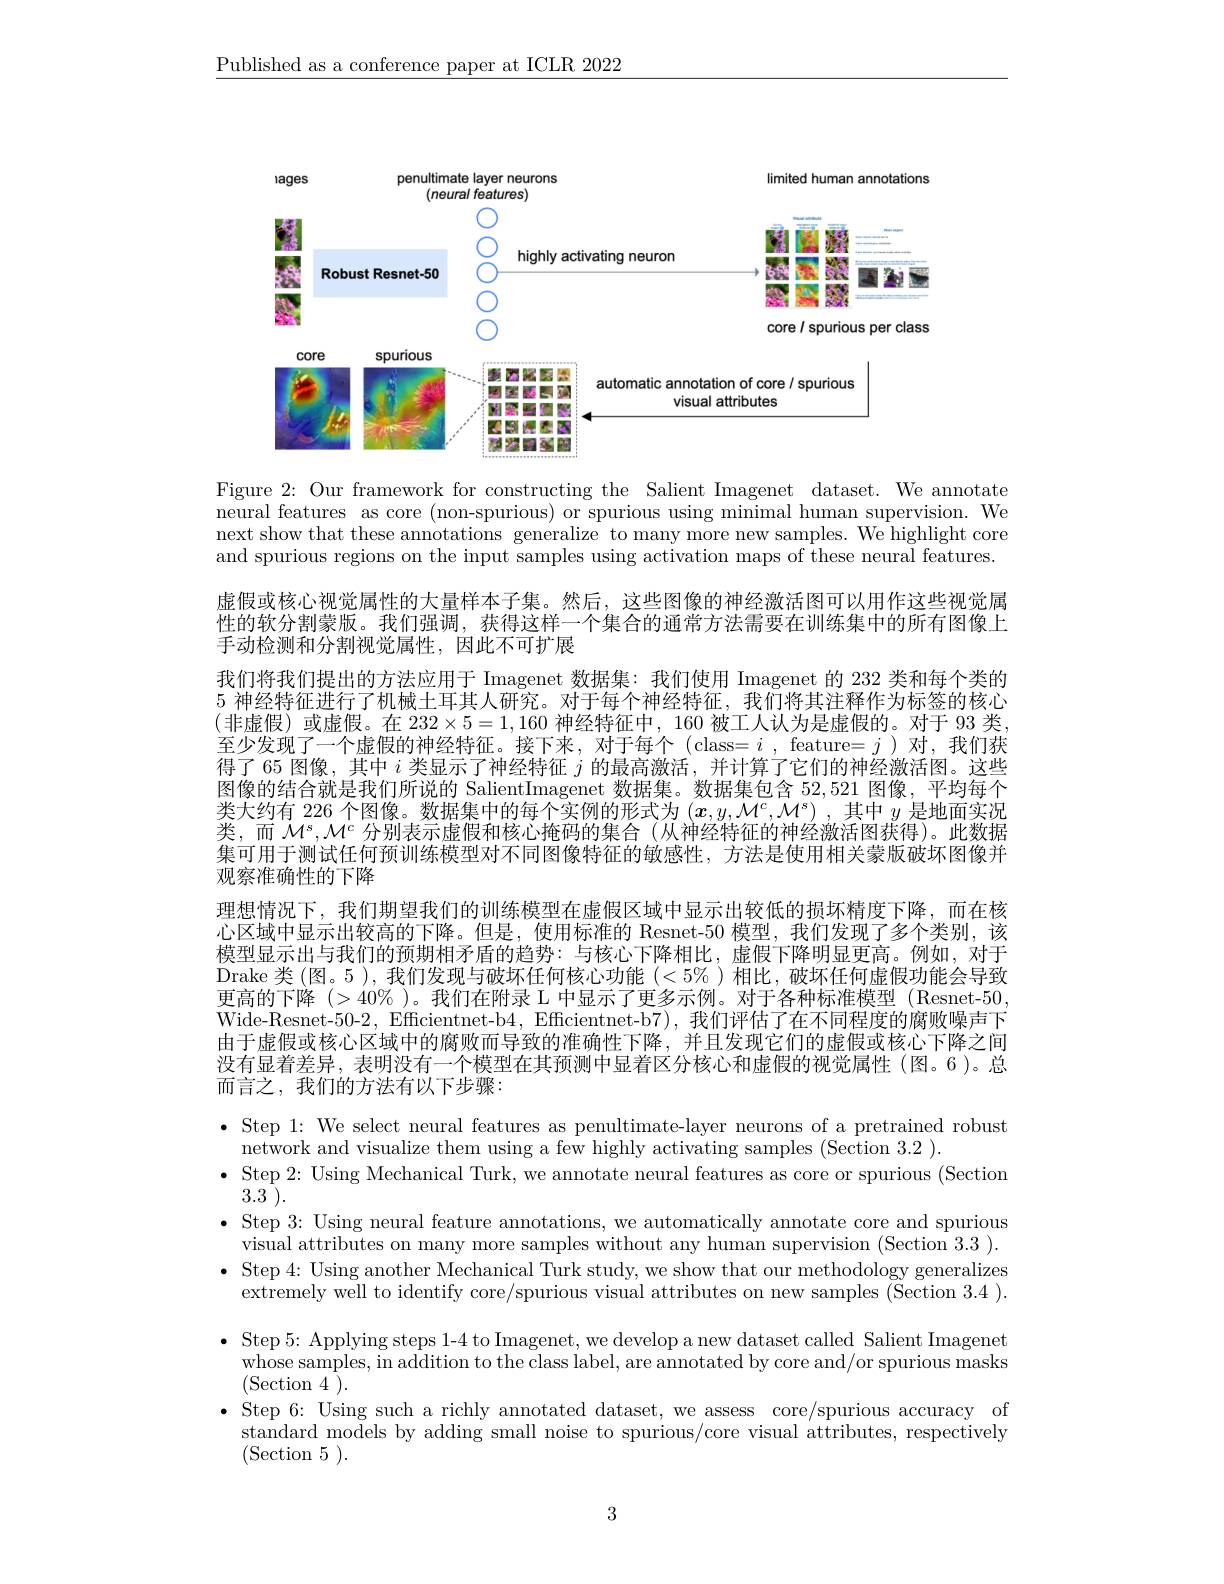
$\underline{\text{Published as a conference paper at ICLR 2022}}$

<FigureHere>

Figure 2: Our framework for constructing the Salient Imagenet dataset. We annotate neural features as core (non-spurious) or spurious using minimal human supervision. We next show that these annotations generalize to many more new samples. We highlight core and spurious regions on the input samples using activation maps of these neural features. 虚假或核心视觉属性的大量样本子集。然后，这些图像的神经激活图可以用作这些视觉属性的软分割蒙版。我们强调，获得这样一个集合的通常方法需要在训练集中的所有图像上手动检测和分割视觉属性，因此不可扩展
我们将我们提出的方法应用于 Imagenet 数据集：我们使用 Imagenet 的 232 类和每个类的5 神经特征进行了机械土耳其人研究。对于每个神经特征，我们将其注释作为标签的核心(非虚假)或虚假。在 $232\times5=1,160$ 神经特征中，160 被工人认为是虚假的。对于 93 类， 至少发现了一个虚假的神经特征。接下来，对于每个(class= $i$ , feature= $j$ )对，我们获得了65 图像，其中$i$类显示了神经特征$j$的最高激活，并计算了它们的神经激活图。这些图像的结合就是我们所说的 SalientImagenet 数据集。数据集包含 52,521 图像，平均每个类大约有 226 个图像。数据集中的每个实例的形式为$(\boldsymbol{x},y,\mathcal{M}^c,\mathcal{M}^s)$ ,其中$y$是地面实况类，而$\mathcal{M}^s,\mathcal{M}^c$分别表示虚假和核心掩码的集合 (从神经特征的神经激活图获得)。此数据集可用于测试任何预训练模型对不同图像特征的敏感性，方法是使用相关蒙版破坏图像并观察准确性的下降
理想情况下，我们期望我们的训练模型在虚假区域中显示出较低的损坏精度下降，而在核心区域中显示出较高的下降。但是，使用标准的 Resnet-50 模型，我们发现了多个类别，该模型显示出与我们的预期相矛盾的趋势：与核心下降相比，虚假下降明显更高。例如，对于Drake 类(图。5),我们发现与破坏任何核心功能$(<5\%)$相比，破坏任何虚假功能会导致更高的下降$(>40\%$ )。我们在附录 L 中显示了更多示例。对于各种标准模型 (Resnet-50, Wide-Resnet-50-2, Efficientnet-b4, Efficientnet-b7), 我们评估了在不同程度的腐败噪声下由于虚假或核心区域中的腐败而导致的准确性下降，并且发现它们的虚假或核心下降之间没有显着差异，表明没有一个模型在其预测中显着区分核心和虚假的视觉属性(图。6)。总而言之，我们的方法有以下步骤：

$\bullet$ Step 1: We select neural features as penultimate-layer neurons of a pretrained robust
network and visualize them using a few highly activating samples (Section 3.2 ).
$\bullet$ Step 2: Using Mechanical Turk, we annotate neural features as core or spurious (Section
$3.3^{1}).$
· Step 3: Using neural feature annotations, we automatically annotate core and spurious
visual attributes on many more samples without any human supervision (Section 3.3 ). $\bullet$ Step 4: Using another Mechanical Turk study, we show that our methodology generalizes
extremely well to identify core/spurious visual attributes on new samples (Section 3.4 ). $\bullet$ Step 5: Applying steps 1-4 to Imagenet, we develop a new dataset called Salient Imagenet
whose samples,  in addition to the class label,  are annotated by core and/ or spurious masks
(Section 4 ).
$\bullet$ Step 6: Using such a richly annotated dataset, we assess core/spurious accuracy of
standard models by adding small noise to spurious/core visual attributes, respectively
(Section 5).

3